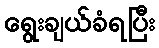
ရွေးချယ်ခံရပြီး